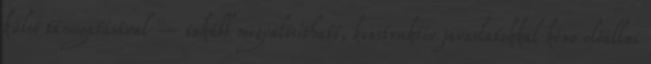
külső támogatásával – inkább megvalósítható, konstruktív javaslatokkal kéne előállni